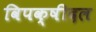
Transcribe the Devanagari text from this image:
विपक्षीदल